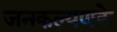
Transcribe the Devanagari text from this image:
जनकल्यणके